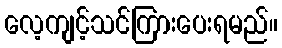
လေ့ကျင့်သင်ကြားပေးရမည်။